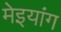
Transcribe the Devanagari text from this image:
मेइयांग